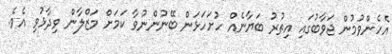
އެހެންވުމުން ޖަވާބުގައި އިތުރު ބަޔާނެއް ހުށަހަޅަން ބޭނުންނުވާ ކަމަށް މަޒްލާން ވިދާޅުވި އެވެ.